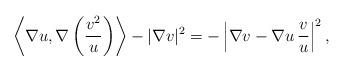
LaTeX: \begin{align*}\left\langle \nabla u,\nabla\left(\frac{v^2}{u}\right)\right\rangle- |\nabla v|^2=-\left|\nabla v-\nabla u\, \frac{v}{u}\right|^2,\end{align*}